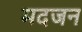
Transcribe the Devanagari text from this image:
मदजन